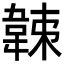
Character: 𩎩